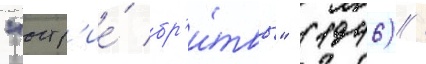
"остр'ие́ бр'и́твы" (1946) /